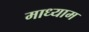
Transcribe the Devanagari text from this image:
माध्याम